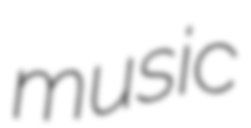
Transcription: music